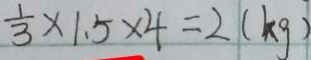
\frac { 1 } { 3 } \times 1 . 5 \times 4 = 2 ( k g )